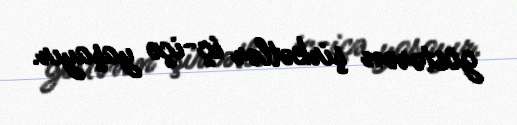
göstərən şirkətlər iç-içə yaşayır.